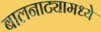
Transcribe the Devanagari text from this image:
बालनाट्यामध्ये